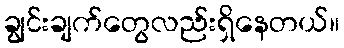
ချွင်းချက်တွေလည်းရှိနေတယ်။